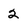
Character: 2